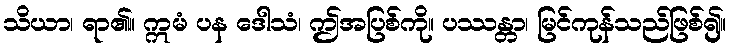
သိယာ၊ ရာ၏။ ဣမံ ပန ဒေါသံ၊ ဤအပြစ်ကို။ ပဿန္တာ၊ မြင်ကုန်သည်ဖြစ်၍။